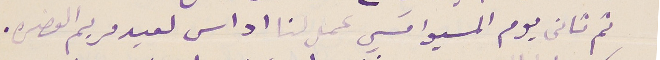
ثم تاني يوم المسيوا تسي عمل لنا اداس لعيد مريم العضره.